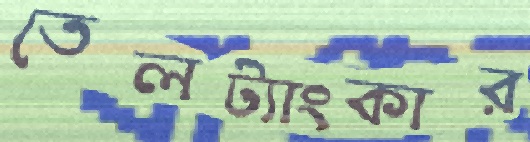
তেলট্যাংকার